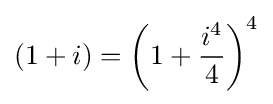
(1+i)=\left(1+{\frac {i^{4}}{4}}\right)^{4}